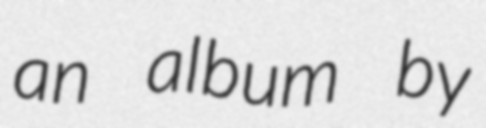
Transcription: an album by